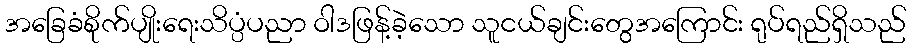
အခြေခံစိုက်ပျိုးရေးသိပ္ပံပညာ ဝါဒဖြန့်ခဲ့သော သူငယ်ချင်းတွေအကြောင်း ရုပ်ရည်ရှိသည်